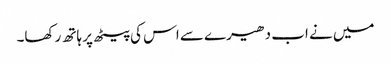
میں نے اب دھیرے سے اس کی پیٹھ پر ہاتھ رکھا۔